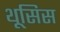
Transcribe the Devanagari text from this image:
थूसिस